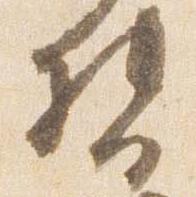
督